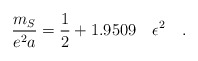
\begin{align*}\frac{m_{S}}{e^2 a}=\frac{1}{2}+1.9509 \quad \epsilon ^2\quad .\end{align*}